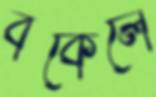
বকেলে